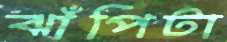
ঝাঁপিটা